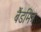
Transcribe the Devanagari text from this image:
बैंडमित्र